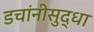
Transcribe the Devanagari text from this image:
डचांनीसुद्धा